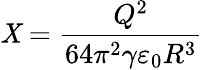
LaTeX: \mathit{X}=\frac{{Q^{2}}}{{64\pi^{2}\gamma\varepsilon_{0}R^{3}}}